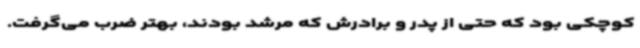
کوچکی بود که حتی از پدر و برادرش که مرشد بودند، بهتر ضرب می‌گرفت.